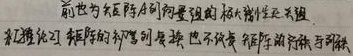
前面为矢阵 \(A\) 后列向量组的极大线性无关组，就把线性方程组的初等列变换也定义为矢阵的行秩与列秩，